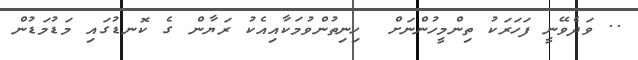
.. ވަދެވޭނީ ފަހަރަކު ތިންމީހުންނަށް  ހިނިތުންވުމަކާއިއެކު ރަޔާން ގެ ކޮނޑުގައި މަޑުމަޑުން